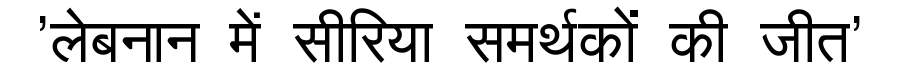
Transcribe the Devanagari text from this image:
'लेबनान में सीरिया समर्थकों की जीत'